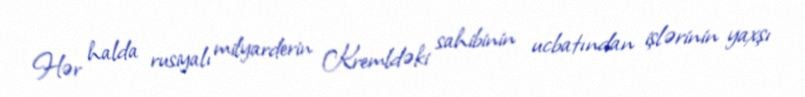
Hər halda rusiyalı milyarderin Kremldəki sahibinin ucbatından işlərinin yaxşı